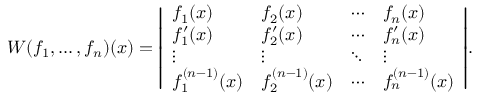
W ( f _ { 1 } , \ldots , f _ { n } ) ( x ) = { \left| \begin{array} { l l l l } { f _ { 1 } ( x ) } & { f _ { 2 } ( x ) } & { \cdots } & { f _ { n } ( x ) } \\ { f _ { 1 } ^ { \prime } ( x ) } & { f _ { 2 } ^ { \prime } ( x ) } & { \cdots } & { f _ { n } ^ { \prime } ( x ) } \\ { \vdots } & { \vdots } & { \ddots } & { \vdots } \\ { f _ { 1 } ^ { ( n - 1 ) } ( x ) } & { f _ { 2 } ^ { ( n - 1 ) } ( x ) } & { \cdots } & { f _ { n } ^ { ( n - 1 ) } ( x ) } \end{array} \right| } .